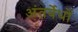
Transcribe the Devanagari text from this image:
अंतर्वेधों